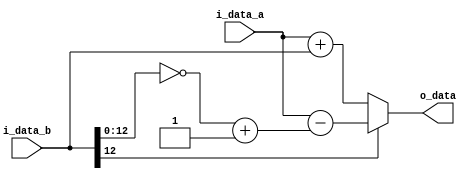
module Adder #(
	parameter DATA_W = 64
)(
	input	   [DATA_W-1:0]	i_data_a,
	input	   [DATA_W-1:0]	i_data_b,
	output reg [DATA_W-1:0]	o_data
);
	reg	[13-1:0] data_b_positive;

	always @(*) begin
		// check if i_data_b is negative
		if(i_data_b[12] == 1) begin 
			data_b_positive = ~i_data_b[12:0] + 1; // 2's complement
			o_data = i_data_a - {51'b0, data_b_positive};
		end
		else begin
			o_data = i_data_a + i_data_b;
		end
	end

endmodule